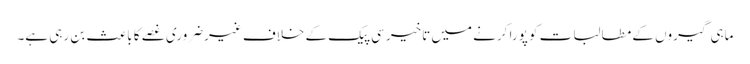
ماہی گیروں کے مطالبات کو پورا کرنے میں تاخیر سی پیک کے خلاف غیرضروری غصے کا باعث بن رہی ہے۔